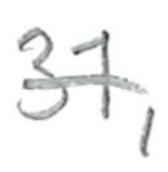
Text: 31,
Cross-out: single-line
Writing tool: pencil